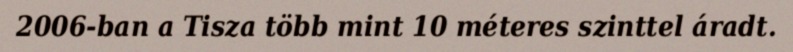
2006-ban a Tisza több mint 10 méteres szinttel áradt.